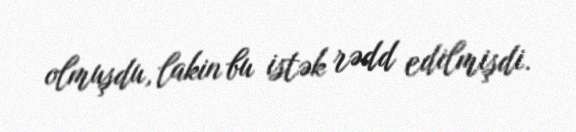
olmuşdu, lakin bu istək rədd edilmişdi.